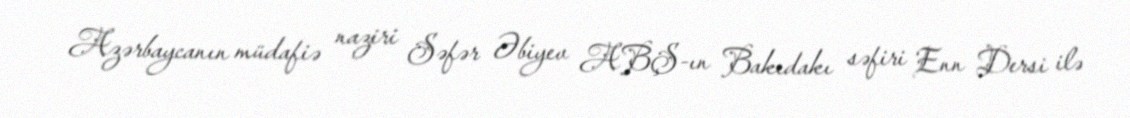
Azərbaycanın müdafiə naziri Səfər Əbiyev ABŞ-ın Bakıdakı səfiri Enn Dersi ilə